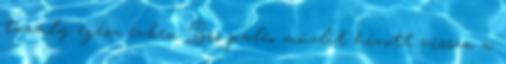
tavaly egész évben Bio paleo müzlit hívott vissza a